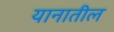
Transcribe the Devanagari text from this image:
यानातील